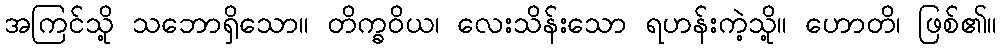
အကြင်သို့ သဘောရှိသော။ တိက္ခဝိယ၊ လေးသိန်းသော ရဟန်းကဲ့သို့။ ဟောတိ၊ ဖြစ်၏။